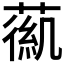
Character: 𦹟